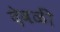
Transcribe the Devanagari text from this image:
देवळीं